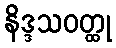
နိဒ္ဒသဝတ္ထု